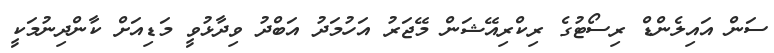
ސަން އައިލެންޑް ރިސޯޓުގެ ރިކްރިއޭޝަން މޭޖަރު އަހުމަދު އަބްދު ވިދާޅުވީ މަޑިއަށް ކާންދިނުމަކީ